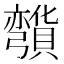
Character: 𰐡